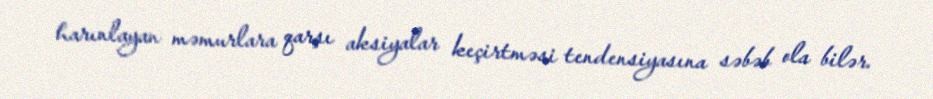
harınlayan məmurlara qarşı aksiyalar keçirtməsi tendensiyasına səbəb ola bilər.